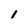
Character: 1